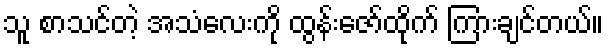
သူ စာသင်တဲ့ အသံလေးကို ထွန်းဇော်ထိုက် ကြားချင်တယ်။